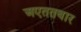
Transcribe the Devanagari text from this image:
अएततबार